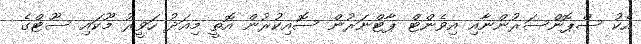
އެކު ސްޕޮންސަރުންނާއި އިވެންޓް ޕާޓްނަރުން ސޮއިކުރުން އޮތީ މިއަދު ހަވީރު މޫކައި ސޫޓްގެ